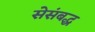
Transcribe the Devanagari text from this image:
सेसंबद्ध